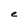
Character: e